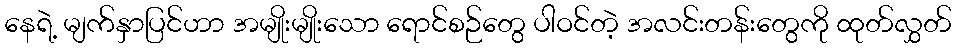
နေရဲ့ မျက်နှာပြင်ဟာ အမျိုးမျိုးသော ရောင်စဉ်တွေ ပါဝင်တဲ့ အလင်းတန်းတွေကို ထုတ်လွှတ်